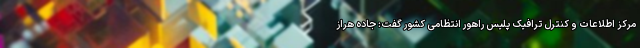
مرکز اطلاعات و کنترل ترافیک پلیس راهور انتظامی کشور گفت: جاده هراز